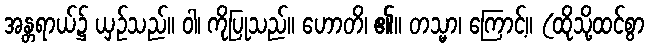
အန္တရာယ်၌ ယှဉ်သည်။ ဝါ၊ ကိုပြုသည်။ ဟောတိ၊ ၏။ တသ္မာ၊ ကြောင့်။ (ထိုသို့ထင်စွာ